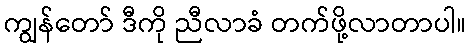
ကျွန်တော် ဒီကို ညီလာခံ တက်ဖို့လာတာပါ။